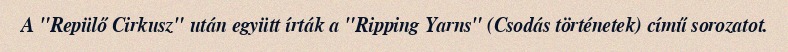
A "Repülő Cirkusz" után együtt írták a "Ripping Yarns" (Csodás történetek) című sorozatot.